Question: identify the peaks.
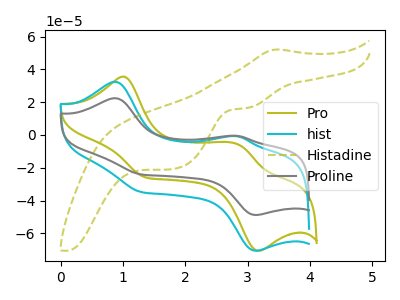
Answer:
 <answer>The olive curve "Pro" has anodic peaks at (1.00V, 35.50uA) (2.85V, -5.80uA) and cathodic peaks at (1.35V, -25.85uA) (3.15V, -70.65uA). The cyan curve "hist" has anodic peaks at (0.90V, 32.35uA) (2.85V, -0.85uA) and cathodic peaks at (3.10V, -70.60uA) (1.30V, -34.85uA). The olive dashed curve "Histadine" has an anodic peak at (3.45V, 52.10uA) and cathodic peaks at (3.00V, 16.40uA) (1.85V, -20.65uA). The gray curve "Proline" has anodic peaks at (0.90V, 22.35uA) (2.85V, -0.60uA) and cathodic peaks at (3.10V, -48.80uA) (1.30V, -24.10uA).</answer>
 <eval></eval>